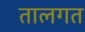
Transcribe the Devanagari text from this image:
तालगत